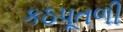
કઠપૂતળી